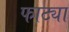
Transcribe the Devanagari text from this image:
फाट्या